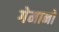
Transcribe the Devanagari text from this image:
गेमानो